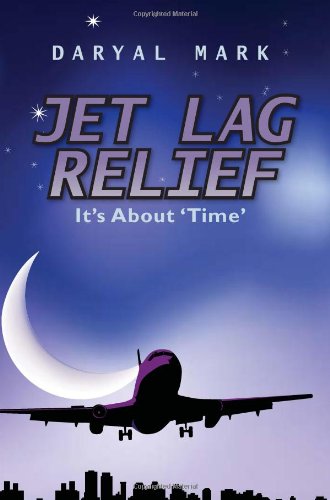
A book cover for Jet Lag Relief: It's About Time; Daryal Mark; Travel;